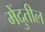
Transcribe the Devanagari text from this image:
मेंदुतील